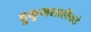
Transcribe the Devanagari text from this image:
हुकुमशाहीकडे